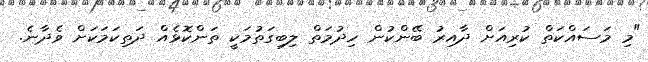
"މި މަސައްކަތް ކުރިއަށް ދާއިރު ބޭންކުން ހިދުމަތް ލިބިގަތުމަކީ ތަންކޮޅެއް ދަތިކަމަކަށް ވެދާނެ.